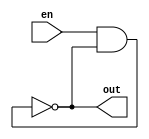
`timescale 1ns/1ps
module ro1(
				input en,
				output out
			);
	 
       (* S= "TRUE"*)(* ALLOW_COMBINATORIAL_LOOPS = "true", KEEP = "true" *) 
	    wire w1, w2, w3,w4,w5;  
		
		  
        and #1(w1, en, out);
        not #1(w2, w1);
        not #1(w3, w2);
        not #1(w4,w3);
        not #1(w5, w4);
        not #1(out, w5);
       
		
endmodule

module ro2(
				input en,
				output out
			);
	 
       (* S= "TRUE"*)(* ALLOW_COMBINATORIAL_LOOPS = "true", KEEP = "true" *) 
	    wire w1, w2, w3,w4,w5; 
		
		  
        and #2(w1, en, out);
        not #2(w2, w1);
        not #2(w3, w2);
        not #2(w4,w3);
        not #2(w5, w4);
        not #2(out, w5);
        
		
endmodule

module ro3(
				input en,
				output out
			);
	 
       (* S= "TRUE"*)(* ALLOW_COMBINATORIAL_LOOPS = "true", KEEP = "true" *) 
	    wire w1, w2, w3,w4,w5;
		
		  
        and #3(w1, en, out);
        not #3(w2, w1);
        not #3(w3, w2);
        not #3(w4,w3);
        not #3(w5, w4);
        not #3(out, w5);
        
		
endmodule

module ro4(
				input en,
				output out
			);
	 
       (* S= "TRUE"*)(* ALLOW_COMBINATORIAL_LOOPS = "true", KEEP = "true" *) 
	    wire w1, w2, w3,w4,w5;
		
		  
        and #4(w1, en, out);
        not #4(w2, w1);
        not #4(w3, w2);
        not #4(w4,w3);
        not #4(w5, w4);
        not #4(out, w5);
        
		
endmodule

module ro5(
				input en,
				output out
			);
	 
       (* S= "TRUE"*)(* ALLOW_COMBINATORIAL_LOOPS = "true", KEEP = "true" *) 
	    wire w1, w2, w3,w4,w5; 
		
		  
        and #5(w1, en, out);
        not #5(w2, w1);
        not #5(w3, w2);
        not #5(w4,w3);
        not #5(w5, w4);
        not #5(out, w5);
       
		
endmodule

module ro6(
				input en,
				output out
			);
	 
       (* S= "TRUE"*)(* ALLOW_COMBINATORIAL_LOOPS = "true", KEEP = "true" *) 
	    wire w1, w2, w3,w4,w5;
		
		  
        and #6(w1, en, out);
        not #6(w2, w1);
        not #6(w3, w2);
        not #6(w4,w3);
        not #6(w5, w4);
        not #6(out, w5);
        
endmodule

module ro7(
				input en,
				output out
			);
	 
       (* S= "TRUE"*)(* ALLOW_COMBINATORIAL_LOOPS = "true", KEEP = "true" *) 
	    wire w1, w2, w3,w4,w5;  
		
		  
        and #7(w1, en, out);
        not #7(w2, w1);
        not #7(w3, w2);
        not #7(w4,w3);
        not #7(w5, w4);
        not #7(out, w5);
       
		
endmodule

module ro8(
				input en,
				output out
			);
	 
       (* S= "TRUE"*)(* ALLOW_COMBINATORIAL_LOOPS = "true", KEEP = "true" *) 
	    wire w1, w2, w3,w4,w5; 
		
		  
        and #8(w1, en, out);
        not #8(w2, w1);
        not #8(w3, w2);
        not #8(w4,w3);
        not #8(w5, w4);
        not #8(out, w5);
        
		
endmodule